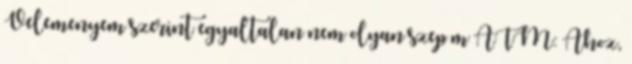
Velemenyem szerint egyaltalan nem olyan szep m ATM: Ahoz,